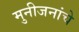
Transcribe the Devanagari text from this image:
मुनीजनांचे